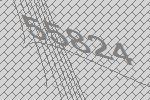
55824